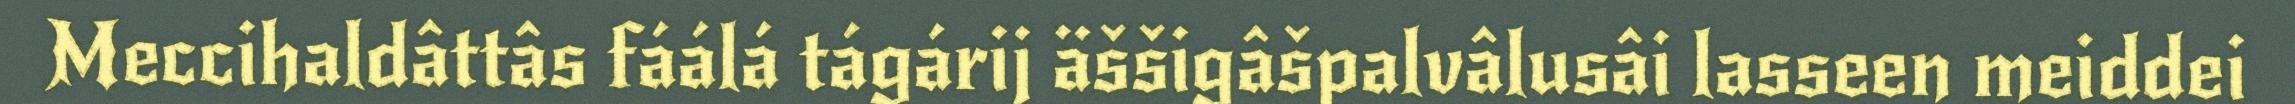
Meccihaldâttâs fáálá tágárij äššigâšpalvâlusâi lasseen meiddei